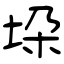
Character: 垜